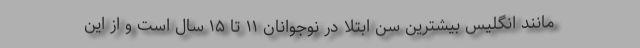
مانند انگلیس بیشترین سن ابتلا در نوجوانان ۱۱ تا ۱۵ سال است و از این